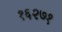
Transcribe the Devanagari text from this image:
१६२७१